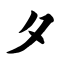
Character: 夕